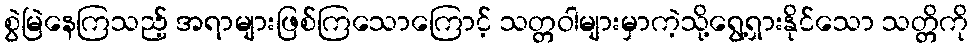
စွဲမြဲနေကြသည့် အရာများဖြစ်ကြသောကြောင့် သတ္တဝါများမှာကဲ့သို့ရွေ့ရှားနိုင်သော သတ္တိကို